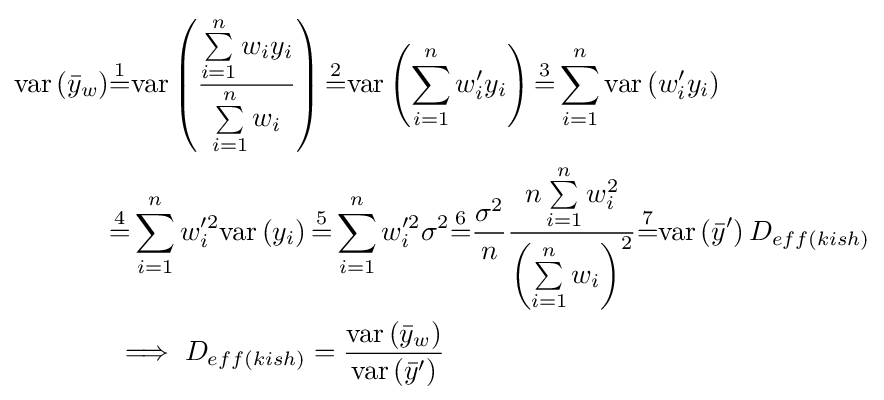
{\begin{aligned}{\text{var}}\left({\bar {y}}_{w}\right)&{\stackrel {1}{=}}{\text{var}}\left({\frac {\sum \limits _{i=1}^{n}w_{i}y_{i}}{\sum \limits _{i=1}^{n}w_{i}}}\right){\stackrel {2}{=}}{\text{var}}\left(\sum \limits _{i=1}^{n}w_{i}'y_{i}\right){\stackrel {3}{=}}\sum \limits _{i=1}^{n}{\text{var}}\left(w_{i}'y_{i}\right)\\&{\stackrel {4}{=}}\sum \limits _{i=1}^{n}w_{i}'^{2}{\text{var}}\left(y_{i}\right){\stackrel {5}{=}}\sum \limits _{i=1}^{n}w_{i}'^{2}\sigma ^{2}{\stackrel {6}{=}}{\frac {\sigma ^{2}}{n}}{\frac {n\sum \limits _{i=1}^{n}w_{i}^{2}}{\left(\sum \limits _{i=1}^{n}w_{i}\right)^{2}}}{\stackrel {7}{=}}{\text{var}}\left({\bar {y}}'\right)D_{eff(kish)}\\&\implies D_{eff(kish)}={\frac {{\text{var}}\left({\bar {y}}_{w}\right)}{{\text{var}}\left({\bar {y}}'\right)}}\end{aligned}}